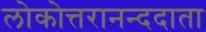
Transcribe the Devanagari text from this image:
लोकोत्तरानन्ददाता